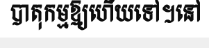
បាតុកម្មឱ្យហើយទៅ។នៅ